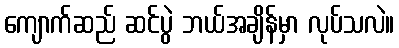
ကျောက်ဆည် ဆင်ပွဲ ဘယ်အချိန်မှာ လုပ်သလဲ။